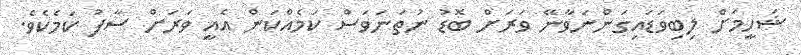
ޝަހީމަށް ލިބިވަޑައިގަންނަވާނޭ ވަރަށް ބޮޑު ނުތަނަވަސް ކަމެއްކަން އެއީ ވަރަށް ސާފު ކަމެކެވެ.